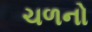
ચળનો